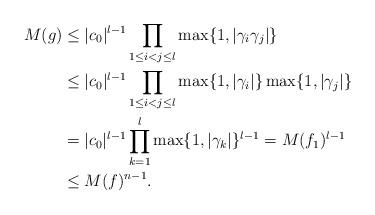
LaTeX: \begin{align*}M(g) &\le |c_0|^{l-1} \prod_{1 \le i<j \le l} \max\{1,|\gamma_i \gamma_j|\} \\& \le|c_0|^{l-1} \prod_{1 \le i<j \le l} \max\{1,|\gamma_i|\} \max\{1,|\gamma_j|\} \\&= |c_0|^{l-1} \prod_{k=1}^l \max\{1, |\gamma_k|\}^{l-1} = M(f_1)^{l-1} \\& \le M(f)^{n-1}.\end{align*}